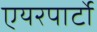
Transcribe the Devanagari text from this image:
एयरपार्टो